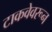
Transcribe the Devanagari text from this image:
टाकवेवरून